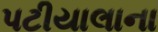
પટીયાલાના